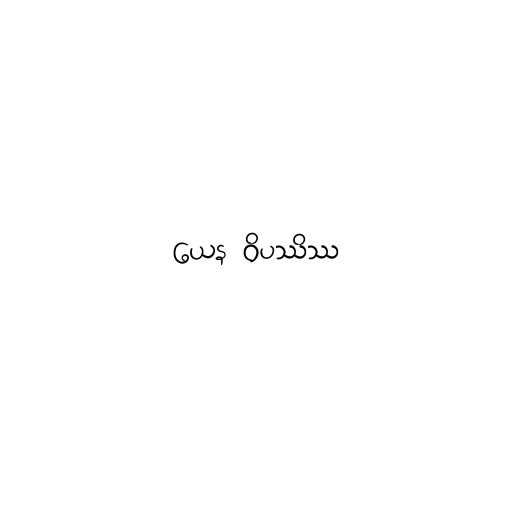
ယေန ဝိပဿိဿ